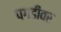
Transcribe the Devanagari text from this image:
पगडीवर